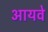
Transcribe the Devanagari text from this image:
आयवे